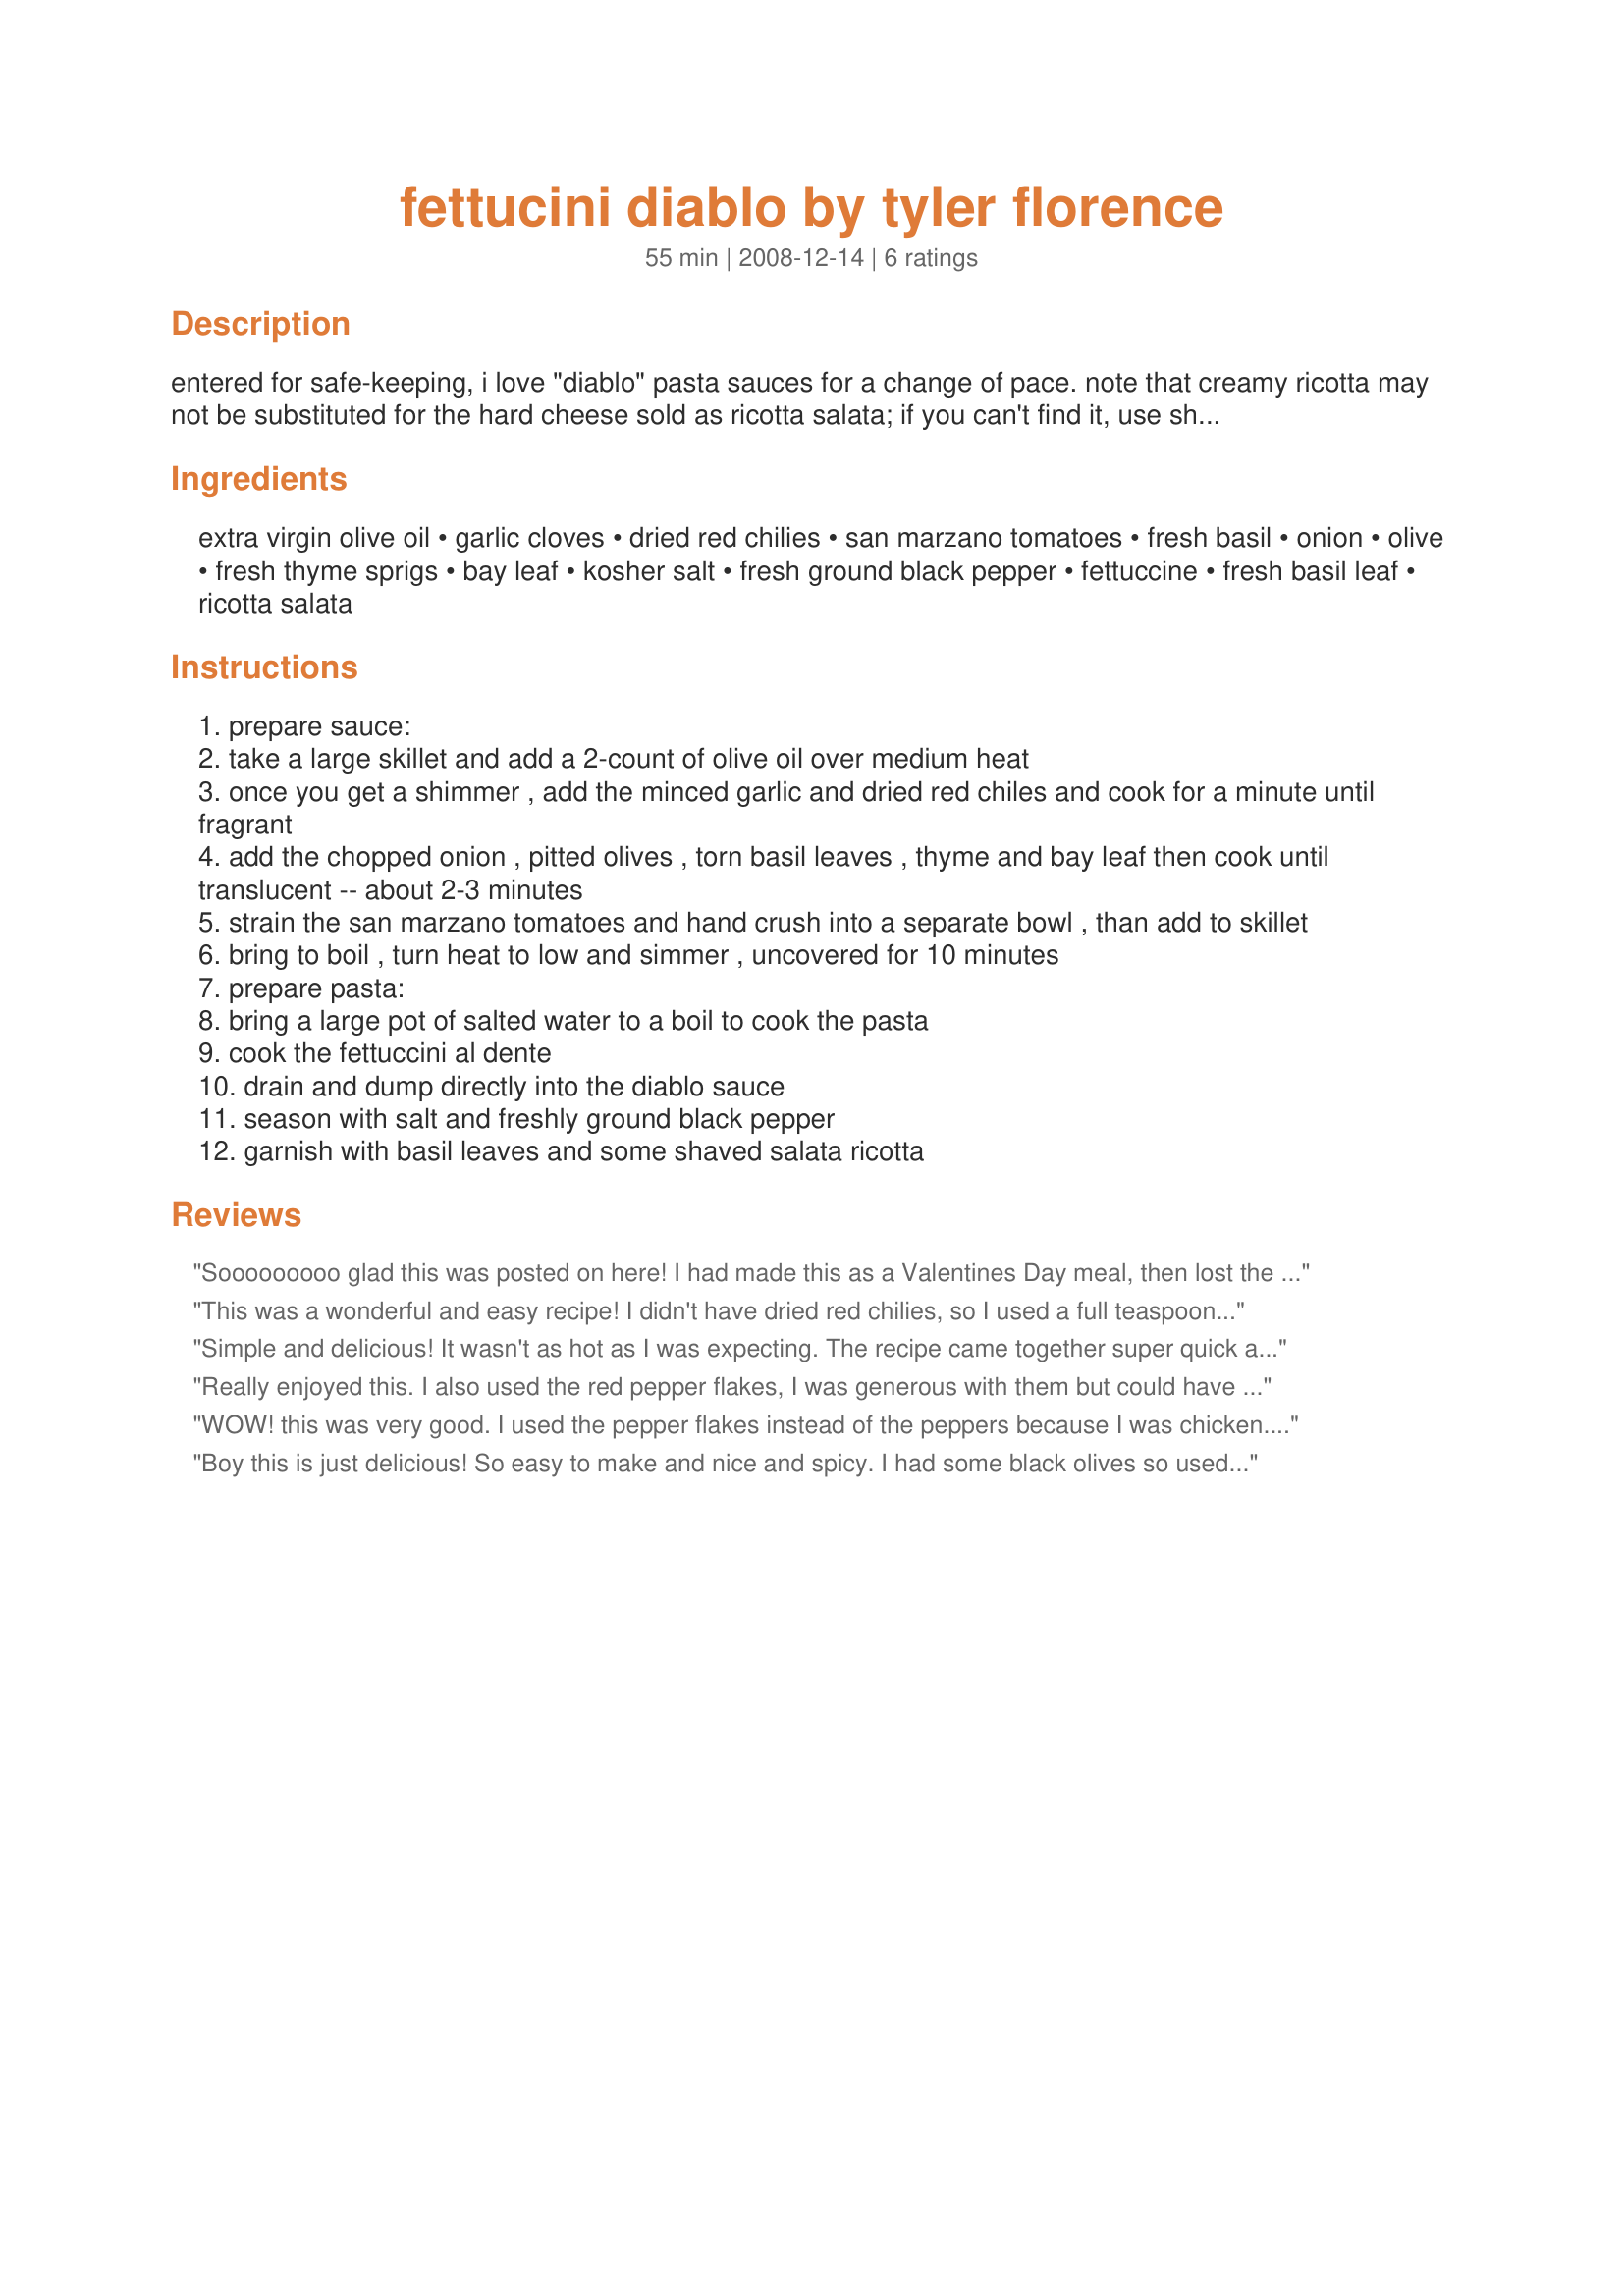
fettucini diablo by tyler florence
Preparation time: 55 minutes

entered for safe-keeping, i love "diablo" pasta sauces for a change of pace. note that creamy ricotta may not be substituted for the hard cheese sold as ricotta salata; if you can't find it, use shavings of the best hard parmesan or romano cheese available to you. san marzano tomatoes are a variety of plum tomatoes considered by many chefs to be the best sauce tomatoes in the world; brands available in supermarkets include cento, la bella, solinia and vanita. as for the olives: does your supermarket have an "olive bar" that allows you to get a little of this and a little of that?

Ingredients:
extra virgin olive oil, garlic cloves, dried red chilies, san marzano tomatoes, fresh basil, onion, olive, fresh thyme sprigs, bay leaf, kosher salt, fresh ground black pepper, fettuccine, fresh basil leaf, ricotta salata

Steps:
prepare sauce:
take a large skillet and add a 2-count of olive oil over medium heat
once you get a shimmer , add the minced garlic and dried red chiles and cook for a minute until fragrant
add the chopped onion , pitted olives , torn basil leaves , thyme and bay leaf then cook until translucent -- about 2-3 minutes
strain the san marzano tomatoes and hand crush into a separate bowl , than add to skillet
bring to boil , turn heat to low and simmer , uncovered for 10 minutes
prepare pasta:
bring a large pot of salted water to a boil to cook the pasta
cook the fettuccini al dente
drain and dump directly into the diablo sauce
season with salt and freshly ground black pepper
garnish with basil leaves and some shaved salata ricotta

Reviews:
Sooooooooo glad this was posted on here! I had made this as a Valentines Day meal, then lost the recipe =(. Decided to look for it since I was craving it again lol. Thanks for the post!
This was a wonderful and easy recipe! I didn't have dried red chilies, so I used a full teaspoon of crushed red pepper flakes. I also found some mixed pitted olives in red pepper oil at the olive bar, which really ratcheted up the heat. For the tomatoes, I used a drained can of La Bella Diced San Marzano tomatoes. The sauce came out perfectly, and I didn't need to add any pasta water. Unfortunately, my market was out of ricotta salata, so I used shredded parmesan. Honestly, I don't think this pasta needs any cheese at all, though. It was delicious and filling and definitely on the list to make again.
Simple and delicious! It wasn't as hot as I was expecting. The recipe came together super quick and all the flavors worked really well together. Thanks for sharing the recipe.
Really enjoyed this. I also used the red pepper flakes, I was generous with them but could have added a bit more! Also used the shaved parmesan, and black olives, because I had them. Great recipe, made for PRMR tag game
WOW! this was very good. I used the pepper flakes instead of the peppers because I was chicken. We don't eat too much hot food so I was afraid to use the actual peppers. Anyway, we thought this was a great side dish.
Boy this is just delicious! So easy to make and nice and spicy. I had some black olives so used only those but I agree that an assortment would be really good. Topped with shredded parmesan and really enjoyed - thanks for sharing the recipe!
